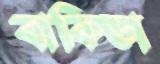
বাকিডা